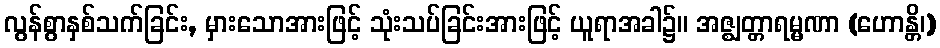
လွန်စွာနှစ်သက်ခြင်း, မှားသောအားဖြင့် သုံးသပ်ခြင်းအားဖြင့် ယူရာအခါ၌။ အဇ္ဈတ္တာရမ္မဏာ (ဟောန္တိ၊)